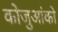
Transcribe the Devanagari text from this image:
कोजुआंको